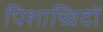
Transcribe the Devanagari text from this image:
पिशाच्विदों